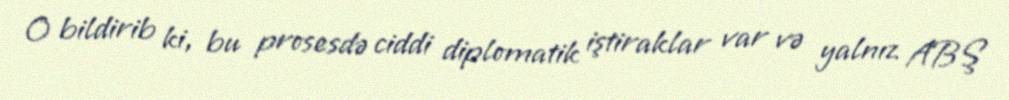
O bildirib ki, bu prosesdə ciddi diplomatik iştiraklar var və yalnız ABŞ